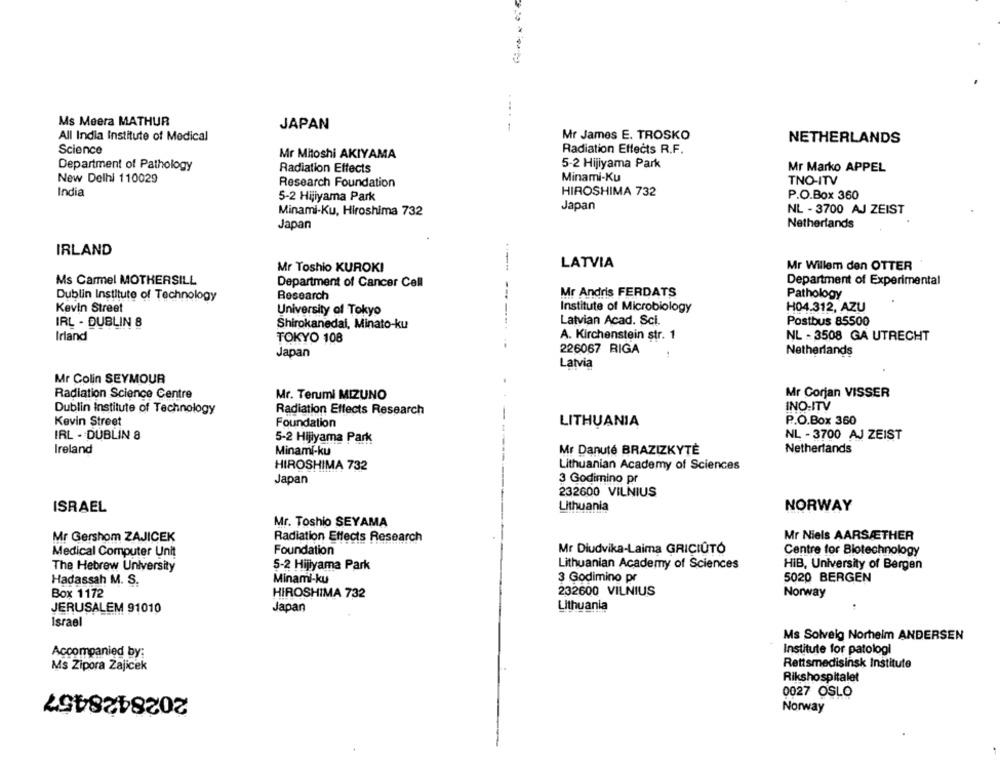
Ms Meera MATHUR
.....
JAPAN
All India Institute of Medical
Mr James E. TROSKO
NETHERLANDS
Science
Radiation Effects R.F.
Mr Mitoshi AKIYAMA
Department of Pathology
Radiation Effects
5-2 Hijiyama Park
Mr Marko APPEL
New Delhi 110029
Research Foundation
Minami-Ku
TNO-ITV
India
5-2 Hijiyama Park
HIROSHIMA 732
P.O.Box 360
Japan
Minami-Ku, Hiroshima 732
NL - 3700 AJ ZEIST
Japan
Netherlands
IRLAND
----
LATVIA
Mr Willem den OTTER
Mr Toshio KUROKI
Ms Carmel MOTHERSILL
Department of Experimental
Department of Cancer Cell
Dublin Institute of Technology
Research
Mr Andris FERDATS
Pathology
Kevin Street
University of Tokyo
Institute of Microbiology
H04.312, AZU
Latvian Acad. Sci.
Postbus 85500
IRL - DUBLIN 8
Shirokanedai, Minato-ku
Irland
A. Kirchenstein str. 1
NL - 3508 GA UTRECHT
TOKYO 108
226067 RIGA
Japan
Netherlands
Latvia
Mr Colin SEYMOUR
Radiation Science Centre
Mr. Terumi MIZUNO
Mr Corjan VISSER
INO-ITV
Dublin institute of Technology
Radiation Effects Research
Kevin Street
P.O.Box 360
Foundation
LITHUANIA
IRL - DUBLIN 8
NL - 3700 AJ ZEIST
5-2 Hijiyama Park
Ireland
Minami-ku
Mr Danuté BRAZIZKYTĚ
Netherlands
HIROSHIMA 732
Lithuanian Academy of Sciences
Japan
3 Godimino pr
232600 VILNIUS
ISRAEL
Lithuania
NORWAY
Mr. Toshio SEYAMA
Mr Niels AARSÆTHER
Mr Gershom ZAJICEK
Radiation Effects Research
Foundation
Mr Diudvika-Laima GRICIÚTO
Medical Computer Unit
Centre for Biotechnology
5-2 Hijiyama Park
Lithuanian Academy of Sciences
HIB, University of Bergen
The Hebrew University
Hadassah M. S.
Minami-ku
3 Godimino pr
5020 BERGEN
Box 1172
HIROSHIMA 732
232600 VILNIUS
Norway
JERUSALEM 91010
Japan
Lithuania
Israel
Ms Solveig Norheim ANDERSEN
Accompanied by:
Institute for patologi
Rettsmedisinsk Institute
Ms Zipora Zajicek
Rikshospitalet
2028428457
0027 OSLO
Norway